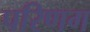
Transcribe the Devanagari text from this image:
परिणग